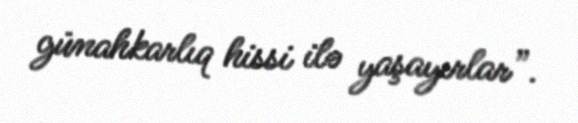
günahkarlıq hissi ilə yaşayırlar”.